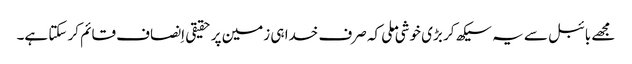
‏ مجھے بائبل سے یہ سیکھ کر بڑی خوشی ملی کہ صرف خدا ہی زمین پر حقیقی اِنصاف قائم کر سکتا ہے۔